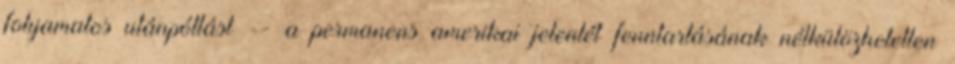
folyamatos utánpótlást -- a permanens amerikai jelenlét fenntartásának nélkülözhetetlen